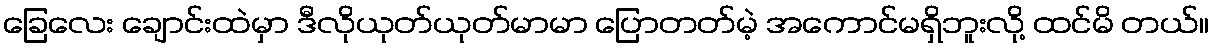
ခြေလေး ချောင်းထဲမှာ ဒီလိုယုတ်ယုတ်မာမာ ပြောတတ်မဲ့ အကောင်မရှိဘူးလို့ ထင်မိ တယ်။